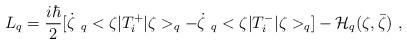
LaTeX: \begin{align*}L_q=\frac{i\hbar}{2}[\dot{\zeta} \ _q<\zeta|T^+_i|\zeta>_q-\dot\zeta \ _q<\zeta|T^-_i|\zeta>_q]-{\cal H}_{q}(\zeta,\bar{\zeta})\ ,\end{align*}